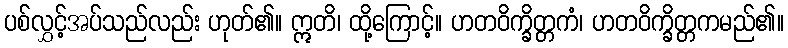
ပစ်လွှင့်အပ်သည်လည်း ဟုတ်၏။ ဣတိ၊ ထို့ကြောင့်။ ဟတဝိက္ခိတ္တကံ၊ ဟတဝိက္ခိတ္တကမည်၏။